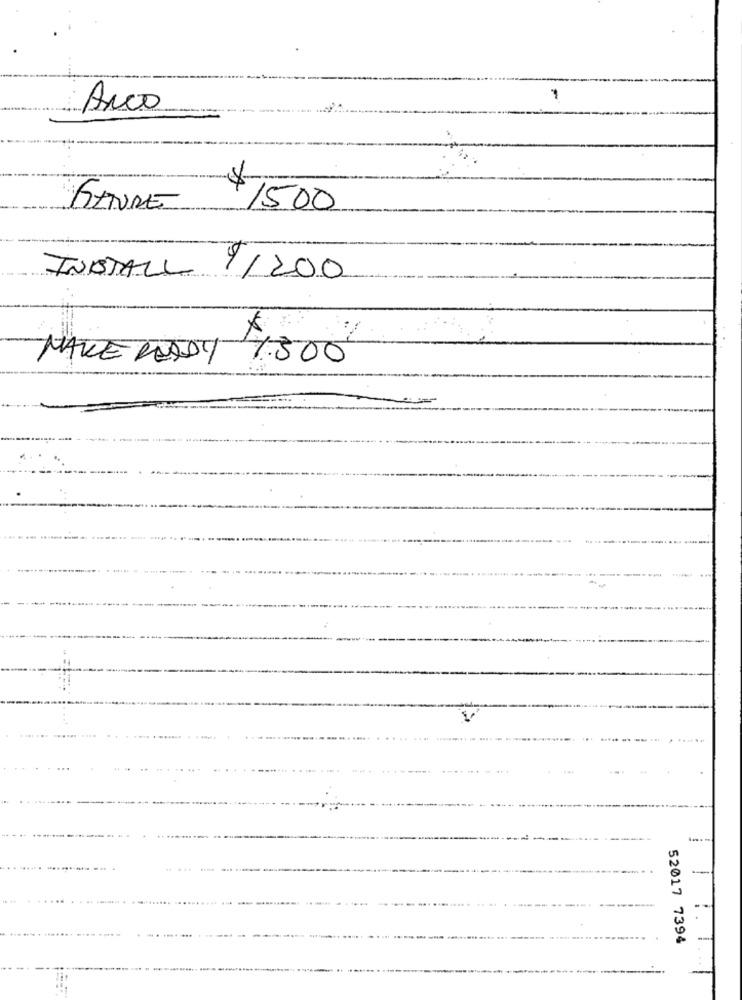
Arco
$
SETORE
$1500
INSTALL 1/200
MAKE RODDY /300
52017 7394